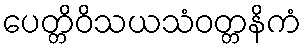
ပေတ္တိဝိသယသံဝတ္တနိကံ